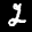
Label: 2